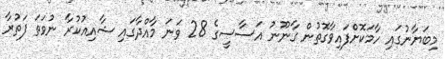
މިބަޔާނުގައި ހާމަކޮށްފައިވާގޮތުން ގާނޫނު އަސާސީގެ 28 ވަނަ މާއްދާގައި ޝާއިއުކުރާ ނުވަތަ ފަތުރާ